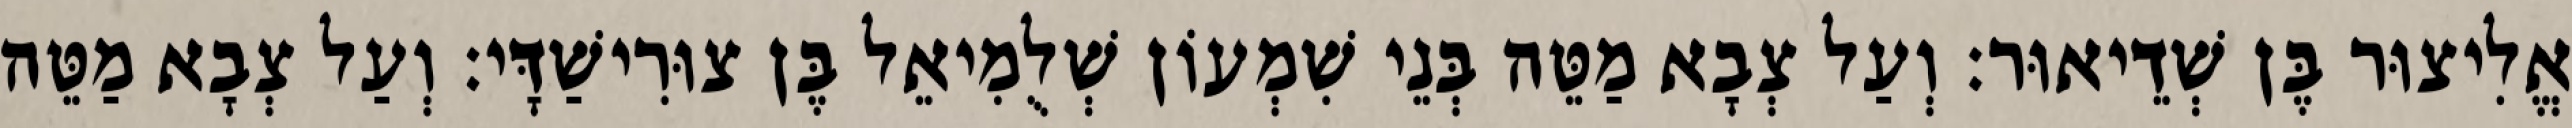
אֱלִיצוּר בֶּן שְׁדֵיאוּר׃ וְעַל צְבָא מַטֵּה בְּנֵי שִׁמְעוֹן שְׁלֻמִיאֵל בֶּן צוּרִישַׁדָּי׃ וְעַל צְבָא מַטֵּה